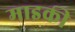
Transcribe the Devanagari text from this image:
माइकी